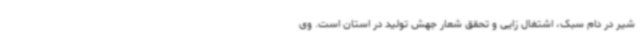
شیر در دام سبک، اشتغال زایی و تحقق شعار جهش تولید در استان است. وی